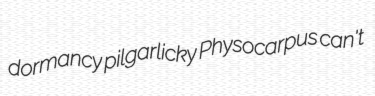
dormancy pilgarlicky Physocarpus can't